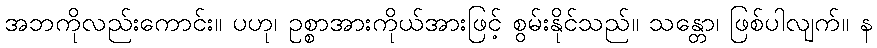
အဘကိုလည်းကောင်း။ ပဟု၊ ဥစ္စာအားကိုယ်အားဖြင့် စွမ်းနိုင်သည်။ သန္တော၊ ဖြစ်ပါလျက်။ န